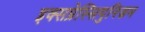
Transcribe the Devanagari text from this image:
इक्सप्रेस्सियुनिज़म